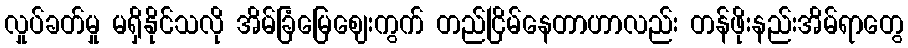
လှုပ်ခတ်မှု မရှိနိုင်သလို အိမ်ခြံမြေဈေးကွက် တည်ငြိမ်နေတာဟာလည်း တန်ဖိုးနည်းအိမ်ရာတွေ